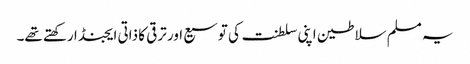
یہ مسلم سلاطین اپنی سلطنت کی توسیع اور ترقی کا ذاتی ایجنڈا رکھتے تھے۔